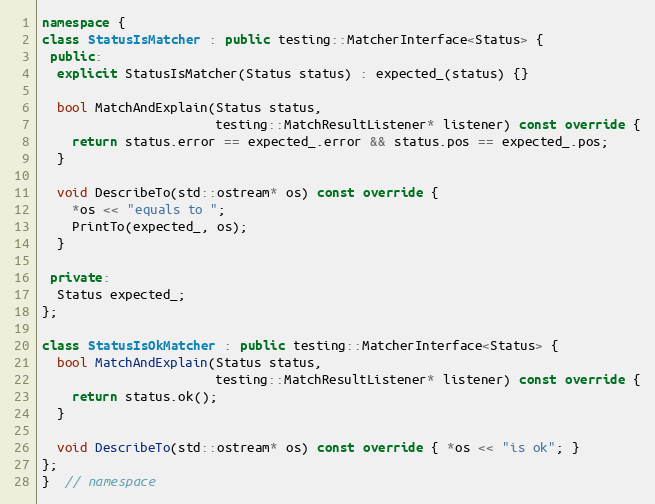
Language: C++
namespace {
class StatusIsMatcher : public testing::MatcherInterface<Status> {
 public:
  explicit StatusIsMatcher(Status status) : expected_(status) {}

  bool MatchAndExplain(Status status,
                       testing::MatchResultListener* listener) const override {
    return status.error == expected_.error && status.pos == expected_.pos;
  }

  void DescribeTo(std::ostream* os) const override {
    *os << "equals to ";
    PrintTo(expected_, os);
  }

 private:
  Status expected_;
};

class StatusIsOkMatcher : public testing::MatcherInterface<Status> {
  bool MatchAndExplain(Status status,
                       testing::MatchResultListener* listener) const override {
    return status.ok();
  }

  void DescribeTo(std::ostream* os) const override { *os << "is ok"; }
};
}  // namespace